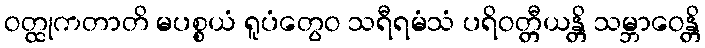
ဝတ္ထုကတာတိ မပစ္စယံ ရူပံတွေဝ သရီရမံသံ ပရိဝတ္တီယန္တိ သမ္ဘာဝေန္တိ